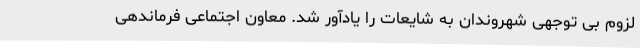
لزوم بی توجهی شهروندان به شایعات را یادآور شد. معاون اجتماعی فرماندهی